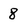
Character: 8